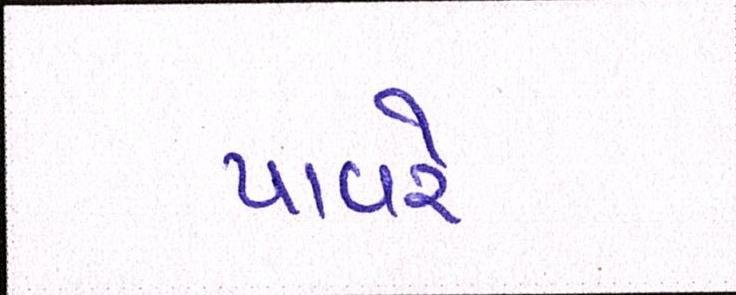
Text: પાવરે